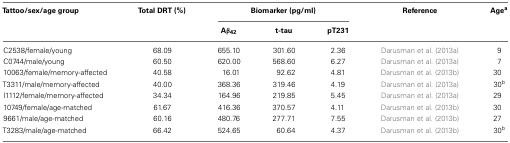
| Tattoo/sex/age group | Total DRT (%) | <COLSPAN=3> Biomarker (pg/ml) | Reference | Agea |
 |  |  | Aβ42 | t-tau | pT231 |  |
 | --- | --- | --- | --- | --- | --- | --- |
 | C2538/female/young | 68.09 | 655.10 | 301.60 | 2.36 | Darusman et al. (2013a) | 9 |
 | C0744/male/young | 60.50 | 620.00 | 568.60 | 6.27 | Darusman et al. (2013a) | 7 |
 | 10063/female/memory-affected | 40.58 | 16.01 | 92.62 | 4.81 | Darusman et al. (2013b) | 30 |
 | T3311/male/memory-affected | 40.00 | 368.36 | 319.46 | 4.19 | Darusman et al. (2013a) | 30b |
 | I1112/female/memory-affected | 34.34 | 164.96 | 219.85 | 5.45 | Darusman et al. (2013a) | 29 |
 | 10749/female/age-matched | 61.67 | 416.36 | 370.57 | 4.11 | Darusman et al. (2013b) | 30 |
 | 9661/male/age-matched | 60.16 | 480.76 | 277.71 | 7.55 | Darusman et al. (2013b) | 27 |
 | T3283/male/age-matched | 66.42 | 524.65 | 60.64 | 4.37 | Darusman et al. (2013b) | 30b |